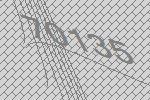
70135